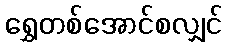
ရွှေတစ်အောင်စလျှင်